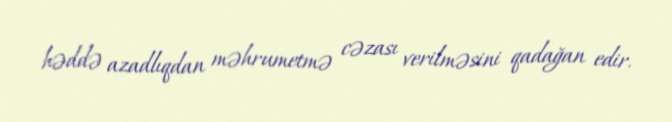
həddə azadlıqdan məhrumetmə cəzası verilməsini qadağan edir.